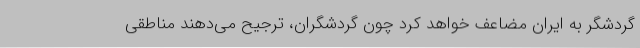
گردشگر به ایران مضاعف خواهد کرد چون گردشگران، ترجیح می‌دهند مناطقی